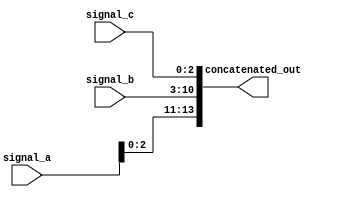
module ConcatenationExample (
    input wire [3:0] signal_a,      // 4-bit input signal
    input wire [7:0] signal_b,      // 8-bit input signal
    input wire [2:0] signal_c,      // 3-bit input signal
    output wire [13:0] concatenated_out // 14-bit output vector
);

// Continuous assignment using concatenation
assign concatenated_out = {signal_a, signal_b, signal_c};

endmodule